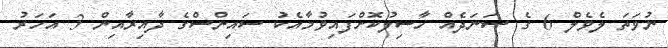
ނުވަތަ ލެވެލް 6 ގެ ސަނަދެއް ހާސިލުކޮށްފައިވުމާއެކު ސައިންސްގެ ދާއިރާއިން 3 އަހަރު